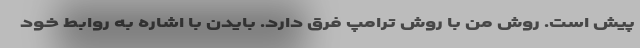
پیش است. روش من با روش ترامپ فرق دارد. بایدن با اشاره به روابط خود